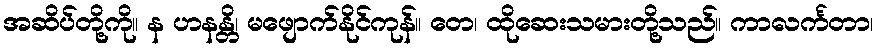
အဆိပ်တို့ကို။ န ဟနန္တိ၊ မဖျောက်နိုင်ကုန်။ တေ၊ ထိုဆေးသမားတို့သည်။ ကာလင်္ကတာ၊